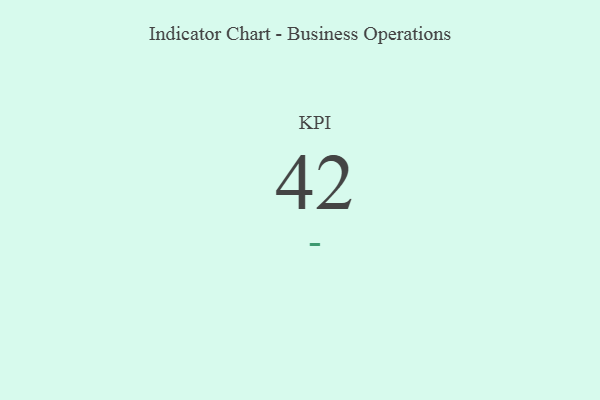
{"axis": {"x": "KPI", "y": "Value"}, "legend": [""], "data": [{"x": "KPI", "y": 42, "type": ""}]}